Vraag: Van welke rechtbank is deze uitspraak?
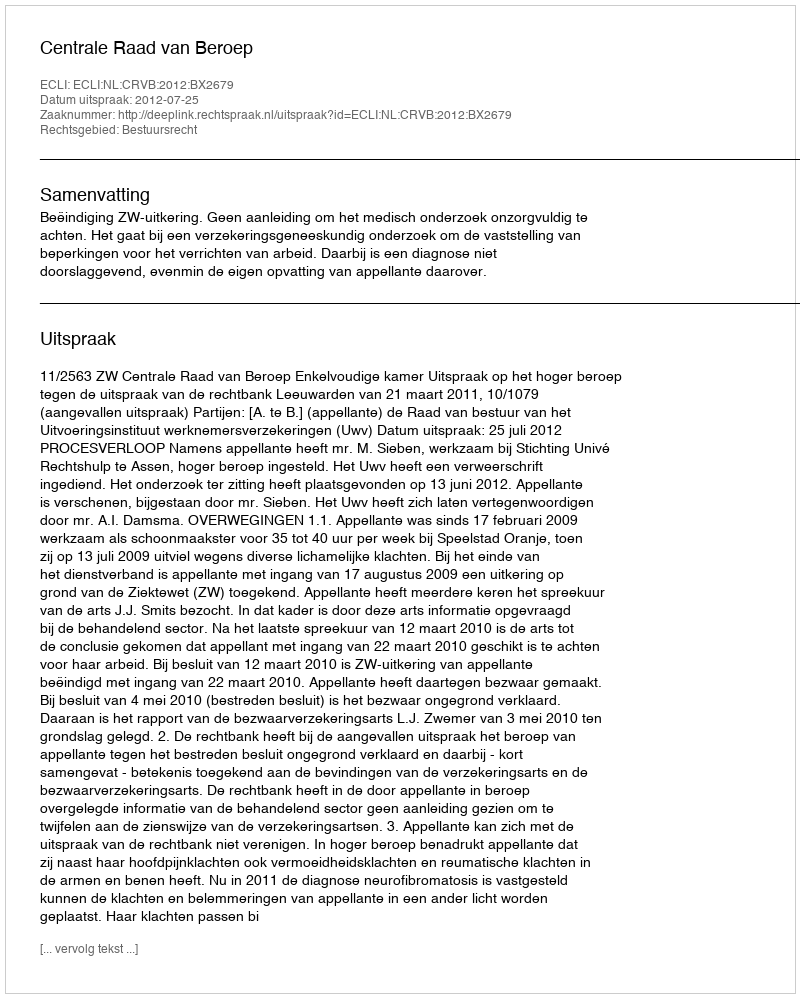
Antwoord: Centrale Raad van Beroep